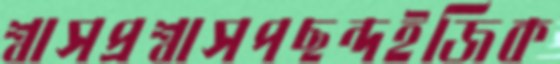
শ্বাসপ্রশ্বাসপছন্দইজিক